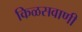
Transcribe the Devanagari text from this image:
किळसवाणी